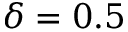
\delta = 0 . 5